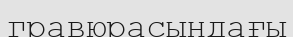
гравюрасындағы